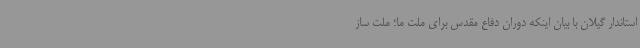
استاندار گیلان با بیان اینکه دوران دفاع مقدس برای ملت ما؛ ملت ساز